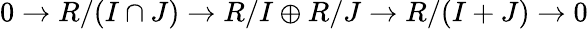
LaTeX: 0\to R/(I\cap J)\to R/I\oplus R/J\to R/(I+J)\to 0